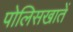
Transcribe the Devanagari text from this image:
पोलिसखातें